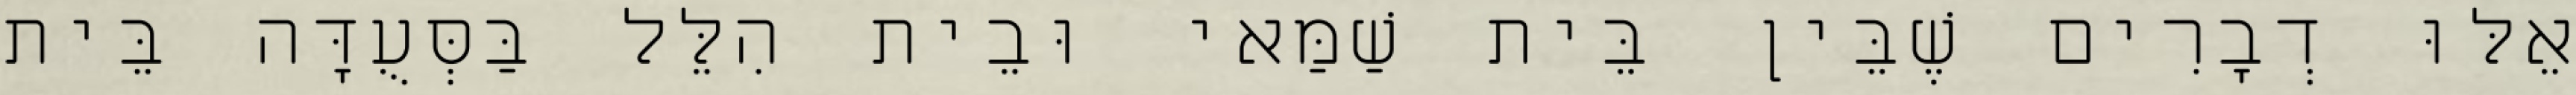
אֵלּוּ דְבָרִים שֶׁבֵּין בֵּית שַׁמַּאי וּבֵית הִלֵּל בַּסְּעֻדָּה בֵּית